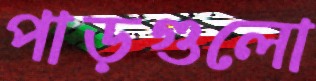
পাড়গুলো